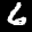
Label: 6